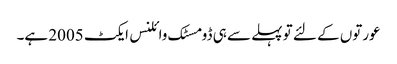
عورتوں کے لئے تو پہلے سے ہی ڈومسٹک وائلنس ایکٹ 2005 ہے۔